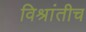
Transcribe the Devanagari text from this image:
विश्रांतीच